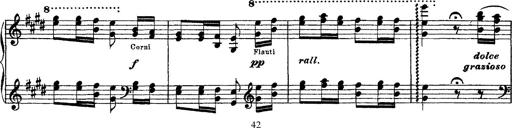
Title: Ã‰tudes d'exÃ©cution transcendante d'aprÃ¨s Paganini
Composer: Franz Liszt